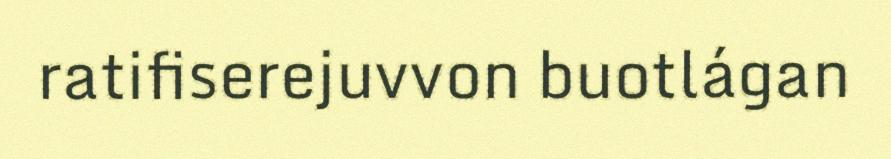
ratifiserejuvvon buotlágan